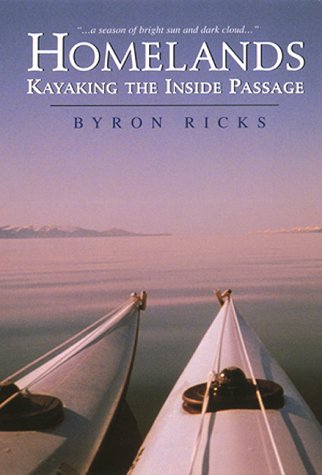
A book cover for Homelands: Kayaking the Inside Passage; Byron Ricks; Travel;